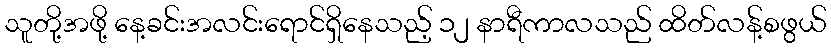
သူတို့အဖို့ နေ့ခင်းအလင်းရောင်ရှိနေသည့် ၁၂ နာရီကာလသည် ထိတ်လန့်စဖွယ်